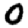
Digit: 0